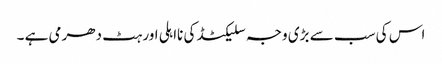
اس کی سب سے بڑی وجہ سلیکٹڈ کی نااہلی اور ہٹ دھرمی ہے ۔